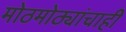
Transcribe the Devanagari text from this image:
मोठमोठ्यांचाही